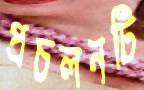
প্রচলনটি